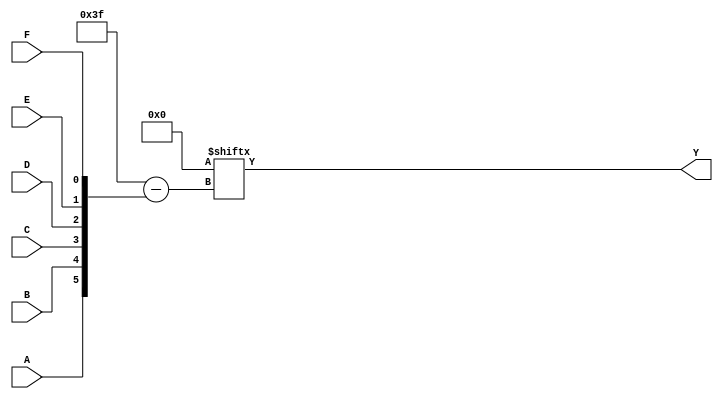
module kmap_6var (
    input wire A,  // Input variable A
    input wire B,  // Input variable B
    input wire C,  // Input variable C
    input wire D,  // Input variable D
    input wire E,  // Input variable E
    input wire F,  // Input variable F
    output wire Y  // Output variable Y
);

// Internal wire for the K-map output
wire [0:63] kmap; // 64 cells for 6-variable K-map

// K-map initialization based on the specific minterms
assign kmap[0] = 1'b0;  // m0
assign kmap[1] = 1'b0;  // m1
assign kmap[2] = 1'b0;  // m2
assign kmap[3] = 1'b0;  // m3
assign kmap[4] = 1'b0;  // m4
assign kmap[5] = 1'b0;  // m5
assign kmap[6] = 1'b0;  // m6
assign kmap[7] = 1'b0;  // m7
assign kmap[8] = 1'b0;  // m8
assign kmap[9] = 1'b0;  // m9
assign kmap[10] = 1'b0; // m10
assign kmap[11] = 1'b0; // m11
assign kmap[12] = 1'b0; // m12
assign kmap[13] = 1'b0; // m13
assign kmap[14] = 1'b0; // m14
assign kmap[15] = 1'b0; // m15
assign kmap[16] = 1'b0; // m16
assign kmap[17] = 1'b0; // m17
assign kmap[18] = 1'b0; // m18
assign kmap[19] = 1'b0; // m19
assign kmap[20] = 1'b0; // m20
assign kmap[21] = 1'b0; // m21
assign kmap[22] = 1'b0; // m22
assign kmap[23] = 1'b0; // m23
assign kmap[24] = 1'b0; // m24
assign kmap[25] = 1'b0; // m25
assign kmap[26] = 1'b0; // m26
assign kmap[27] = 1'b0; // m27
assign kmap[28] = 1'b0; // m28
assign kmap[29] = 1'b0; // m29
assign kmap[30] = 1'b0; // m30
assign kmap[31] = 1'b0; // m31
assign kmap[32] = 1'b0; // m32
assign kmap[33] = 1'b0; // m33
assign kmap[34] = 1'b0; // m34
assign kmap[35] = 1'b0; // m35
assign kmap[36] = 1'b0; // m36
assign kmap[37] = 1'b0; // m37
assign kmap[38] = 1'b0; // m38
assign kmap[39] = 1'b0; // m39
assign kmap[40] = 1'b0; // m40
assign kmap[41] = 1'b0; // m41
assign kmap[42] = 1'b0; // m42
assign kmap[43] = 1'b0; // m43
assign kmap[44] = 1'b0; // m44
assign kmap[45] = 1'b0; // m45
assign kmap[46] = 1'b0; // m46
assign kmap[47] = 1'b0; // m47
assign kmap[48] = 1'b0; // m48
assign kmap[49] = 1'b0; // m49
assign kmap[50] = 1'b0; // m50
assign kmap[51] = 1'b0; // m51
assign kmap[52] = 1'b0; // m52
assign kmap[53] = 1'b0; // m53
assign kmap[54] = 1'b0; // m54
assign kmap[55] = 1'b0; // m55
assign kmap[56] = 1'b0; // m56
assign kmap[57] = 1'b0; // m57
assign kmap[58] = 1'b0; // m58
assign kmap[59] = 1'b0; // m59
assign kmap[60] = 1'b0; // m60
assign kmap[61] = 1'b0; // m61
assign kmap[62] = 1'b0; // m62
assign kmap[63] = 1'b0; // m63

// Calculate the output Y based on the K-map
assign Y = kmap[{A, B, C, D, E, F}];

endmodule